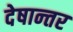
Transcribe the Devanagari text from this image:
देषान्‍तर